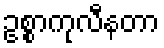
ဥစ္စာကုလီနတာ